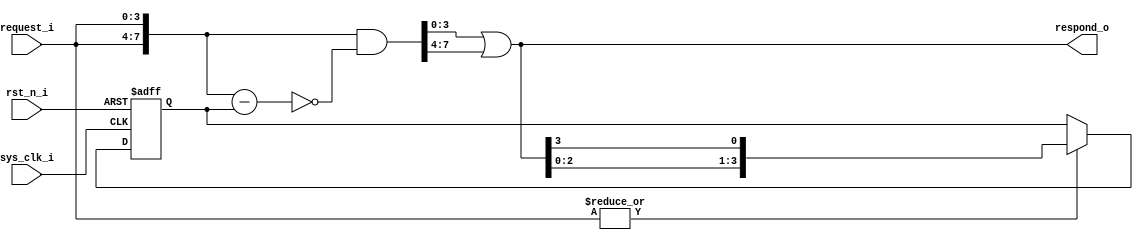
`timescale 1ns / 1ps
// ********************************************************************************** // 
// Company:               
// 
// File name:             round_robin_v2
// Version:               V1.0
// PATH:                  E:\FPGA\module_base\Artibiter\Round Robin\round_robin_v2.v
// Descriptions:          
// 
// ********************************************************************************** // 


module round_robin_v2 #(
    parameter                           REQUIRE_NUM               = 4     
) (
    input                               sys_clk_i                  ,
    input                               rst_n_i                    ,

    input              [REQUIRE_NUM-1: 0]request_i                 ,
    output             [REQUIRE_NUM-1: 0]respond_o                  
);
// ********************************************************************************** // 
//---------------------------------------------------------------------
// wires and regs
//---------------------------------------------------------------------
    wire                                req                        ;
    wire               [2*REQUIRE_NUM-1: 0]double_request          ;
    wire               [2*REQUIRE_NUM-1: 0]double_request_extension  ;

    reg                [REQUIRE_NUM-1: 0]last_request              ;
// ********************************************************************************** // 
//---------------------------------------------------------------------
// logic
//---------------------------------------------------------------------
// 
    assign                              req                       = |request_i;

// 
always@(posedge sys_clk_i or negedge rst_n_i)begin
    if (!rst_n_i) begin
        last_request <= 'd1;                                        //1
    end
    else if (req) begin                                             //
        last_request <= {respond_o[REQUIRE_NUM-2:0],respond_o[REQUIRE_NUM-1]};
    end
    else
        last_request <= last_request;
end

// 
    assign                              double_request            = {request_i,request_i};
//  - 
    assign                              double_request_extension  = double_request & ~(double_request - {{REQUIRE_NUM{1'b0}},last_request});
// 
    assign                              respond_o                 = double_request_extension[REQUIRE_NUM-1:0] | double_request_extension[2*REQUIRE_NUM-1:REQUIRE_NUM];

endmodule